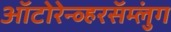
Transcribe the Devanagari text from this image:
ऑटोरेन्व्हरसॅम्लुंग